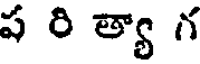
ప రి త్యా గ